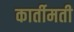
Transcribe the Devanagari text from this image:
कार्तीमती